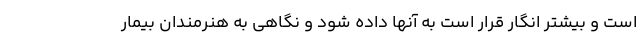
است و بیشتر انگار قرار است به آنها داده شود و نگاهی به هنرمندان بیمار